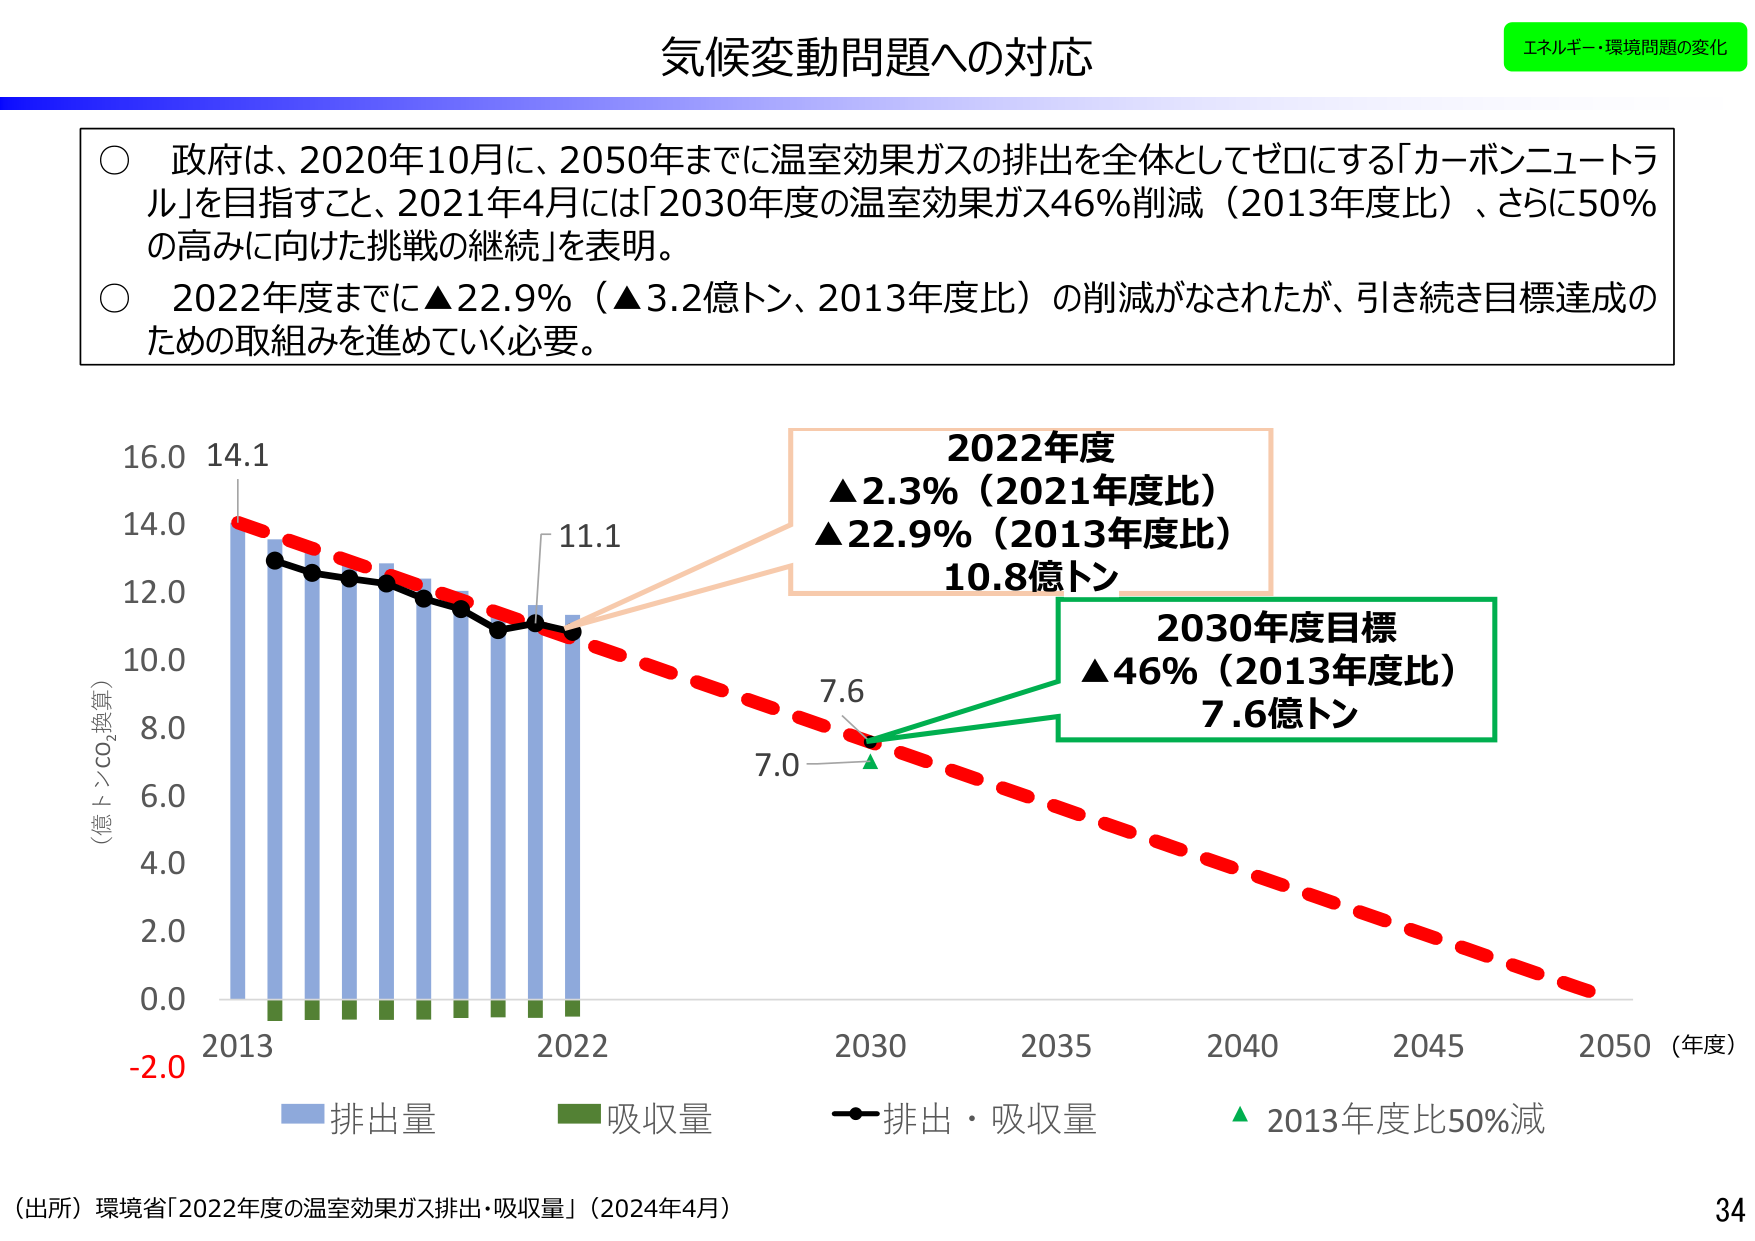
気候変動問題への対応

エネルギー・環境問題の変化

○ 政府は、2020年10月に、2050年までに温室効果ガスの排出を全体としてゼロにする「カーボンニュートラル」を目指すこと、2021年4月には「2030年度の温室効果ガス46%削減（2013年度比）、さらに50%の高みに向けた挑戦の継続」を表明。

○ 2022年度までに▲22.9%（▲3.2億トン、2013年度比）の削減がなされたが、引き続き目標達成のための取組みを進めていく必要。

16.0 14.1
14.0
12.0
10.0
8.0
6.0
4.0
2.0
0.0
-2.0

（億トンCO₂換算）

2013 2022 2030 2035 2040 2045 2050 （年度）

2022年度
▲2.3%（2021年度比）
▲22.9%（2013年度比）
10.8億トン

2030年度目標
▲46%（2013年度比）
7.6億トン

11.1
7.6
7.0

排出量
吸収量
排出・吸収量
2013年度比50%減

（出所）環境省「2022年度の温室効果ガス排出・吸収量」（2024年4月）

34